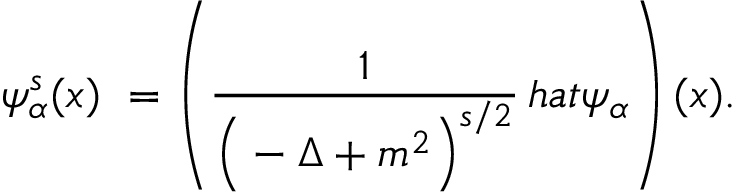
\psi _ { \alpha } ^ { s } ( x ) \ = \left( { \frac { 1 } { \Big ( - \Delta + m ^ { 2 } \Big ) ^ { s / 2 } } } \, h a t { \psi } _ { \alpha } \right) ( x ) .